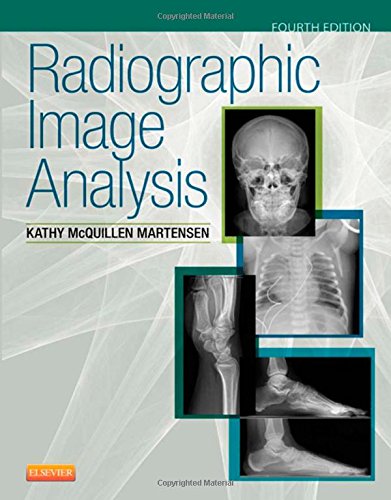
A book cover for Radiographic Image Analysis, 4e; Kathy McQuillen Martensen MA  RT(R); Medical Books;